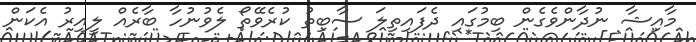
މާއިޝާ ނުދާންވެގެން ބިމުގައި ދެފައިތިލަ ސާބިތު ކުރެވޭތޯ ލެވުނުހާ ބާރެއް ލީއިރު އެކަން